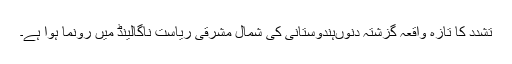
تشدد کا تازہ واقعہ گزشتہ دنوںہندوستانی کی شمال مشرقی ریاست ناگالینڈ میں رونما ہوا ہے۔